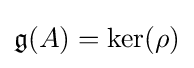
{\mathfrak {g}}(A)=\ker(\rho )